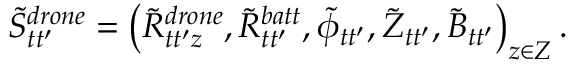
\begin{array} { r } { { \tilde { S } } _ { t t ^ { \prime } } ^ { d r o n e } = \left( \tilde { R } _ { t t ^ { \prime } z } ^ { d r o n e } , \tilde { R } _ { t t ^ { \prime } } ^ { b a t t } , \tilde { \phi } _ { t t ^ { \prime } } , \tilde { { \cal Z } } _ { t t ^ { \prime } } , { \tilde { B } } _ { t t ^ { \prime } } \right) _ { z \in { \cal Z } } . } \end{array}